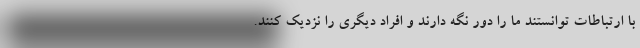
با ارتباطات توانستند ما را دور نگه دارند و افراد دیگری را نزدیک کنند.